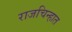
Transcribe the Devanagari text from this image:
राजचिन्हात